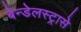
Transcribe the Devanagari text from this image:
बेन्डेलस्ट्रासे